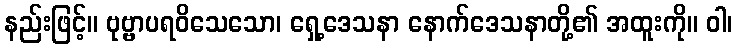
နည်းဖြင့်။ ဗုဗ္ဗာပရဝိသေသော၊ ရှေ့ဒေသနာ နောက်ဒေသနာတို့၏ အထူးကို။ ဝါ၊